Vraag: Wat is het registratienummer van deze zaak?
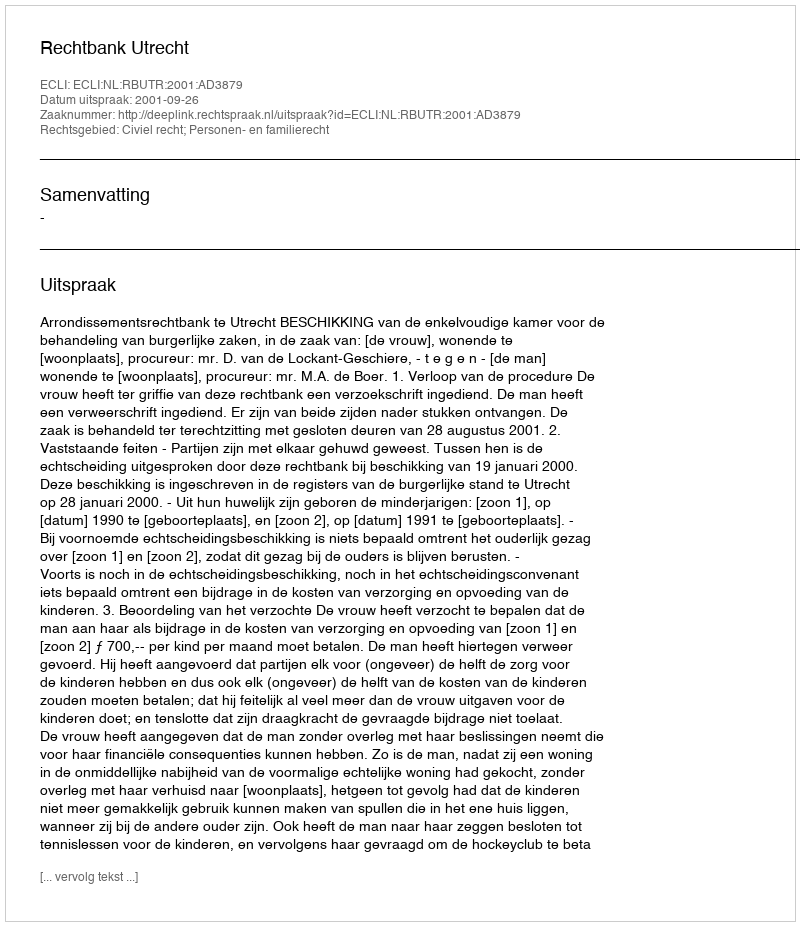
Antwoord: http://deeplink.rechtspraak.nl/uitspraak?id=ECLI:NL:RBUTR:2001:AD3879